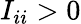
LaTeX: I_{ii}>0